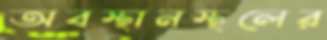
অবস্থানস্থলের